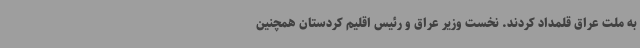
به ملت عراق قلمداد کردند. نخست وزیر عراق و رئیس اقلیم کردستان همچنین